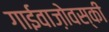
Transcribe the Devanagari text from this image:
गाईवाज़ोवस्की